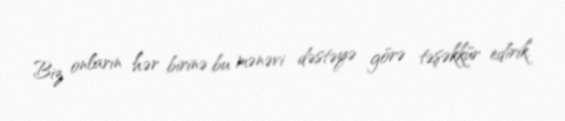
Biz onların hər birinə bu mənəvi dəstəyə görə təşəkkür edirik.